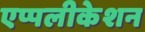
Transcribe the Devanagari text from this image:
एप्पलीकेशन